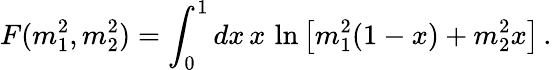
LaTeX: F(m_{1}^{2},m_{2}^{2})=\int_{0}^{1}dx\, x\, \ln\left[m_{1}^{2}(1-x)+m_{2}^{2}x\right]\, .